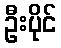
ဦးပိုင်